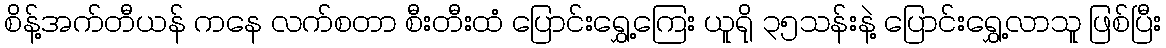
စိန့်အက်တီယန် ကနေ လက်စတာ စီးတီးထံ ပြောင်းရွှေ့ကြေး ယူရို ၃၅သန်းနဲ့ ပြောင်းရွှေ့လာသူ ဖြစ်ပြီး